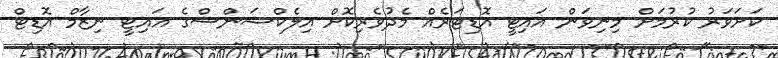
ކަށަވަރު ކުރުމަށް މިނިވަން އައިޓީ އޮޑިޓަރެއް މެދުވެރިކޮށް އިލެކްޝަންސްގެ އައިޓީ ނިޒާމް އޮޑިޓް